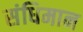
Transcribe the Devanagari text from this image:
संधिमान